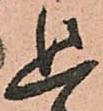
追